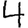
Digit: 4